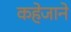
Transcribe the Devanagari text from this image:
कहेजाने